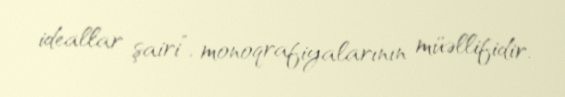
ideallar şairi”, monoqrafiyalarının müəllifidir.